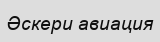
Әскери авиация